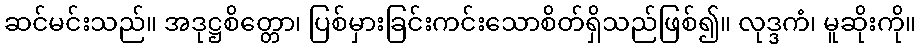
ဆင်မင်းသည်။ အဒုဋ္ဌစိတ္တော၊ ပြစ်မှားခြင်းကင်းသောစိတ်ရှိသည်ဖြစ်၍။ လုဒ္ဒကံ၊ မူဆိုးကို။